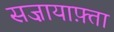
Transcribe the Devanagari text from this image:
सज़ायाफ़्ता